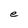
Character: e